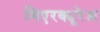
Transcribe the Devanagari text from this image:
मिएरक्यूरेअ